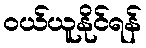
ဝယ်ယူနိုင်ရန်